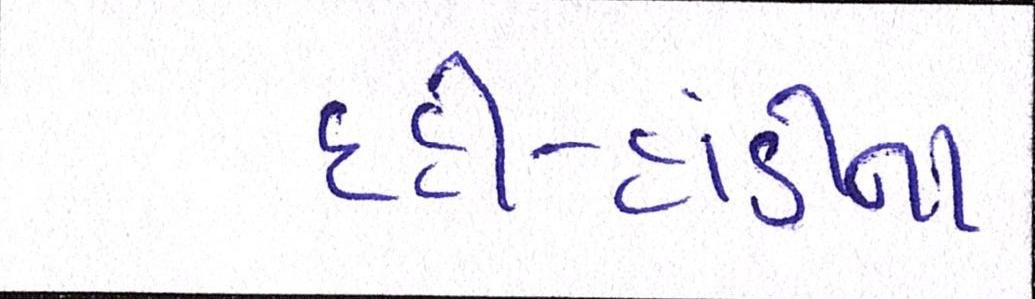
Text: દહીં-હાંડીનાં